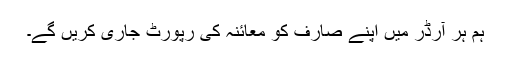
ہم ہر آرڈر میں اپنے صارف کو معائنہ کی رپورٹ جاری کریں گے۔